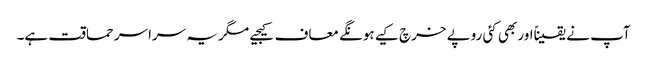
آپ نے یقیناًاور بھی کئی روپے خرچ کیے ہونگے معاف کیجیے مگر یہ سراسر حماقت ہے۔